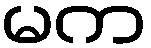
မက